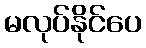
မလုပ်နိုင်ပေ